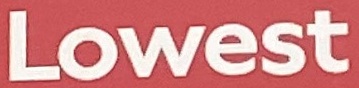
Lowest